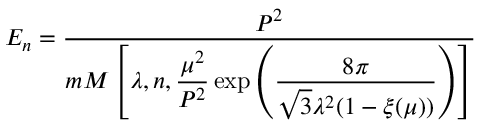
E _ { n } = \frac { P ^ { 2 } } { m { \cal M } \left[ \lambda , n , \displaystyle { \frac { \mu ^ { 2 } } { P ^ { 2 } } } \exp \left( { \frac { 8 \pi } { \sqrt { 3 } \lambda ^ { 2 } ( 1 - \xi ( \mu ) ) } } \right) \right] }